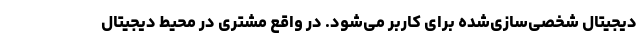
دیجیتال شخصی‌سازی‌شده برای کاربر می‌شود. در واقع مشتری در محیط دیجیتال